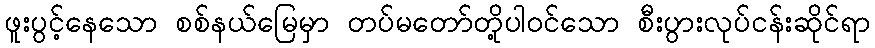
ဖူးပွင့်နေသော စစ်နယ်မြေမှာ တပ်မတော်တို့ပါဝင်သော စီးပွားလုပ်ငန်းဆိုင်ရာ